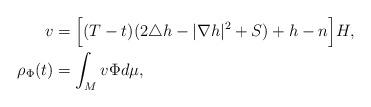
LaTeX: \begin{align*}v&=\Big[(T-t)(2\triangle{h}-|\nabla{h}|^2+S)+h-n\Big]H,\\\rho_{\Phi}(t)&=\int_M v\Phi d\mu,\end{align*}